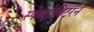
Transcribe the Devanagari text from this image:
स्पेक्ट्रोमिटरने